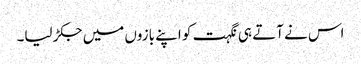
اس نے آتے ہی نگہت کو اپنے بازوں میں جکڑ لیا۔